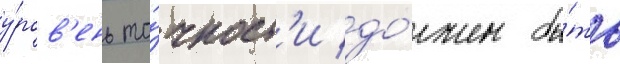
у́ров'ень то́чност'и до́лжен бы́ть